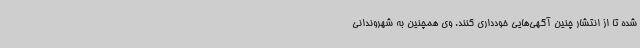
شده تا از انتشار چنین آگهی‌هایی خودداری کنند. وی همچنین به شهروندانی